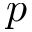
\boldsymbol { p }